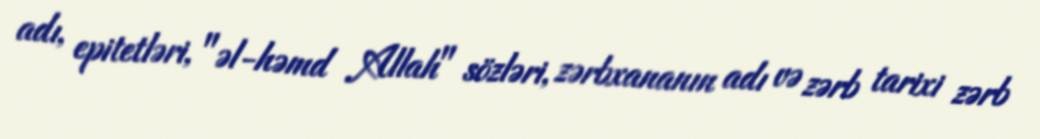
adı, epitetləri, "əl-həmd Allah" sözləri, zərbxananın adı və zərb tarixi zərb